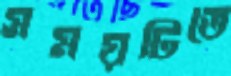
সময়টিতে